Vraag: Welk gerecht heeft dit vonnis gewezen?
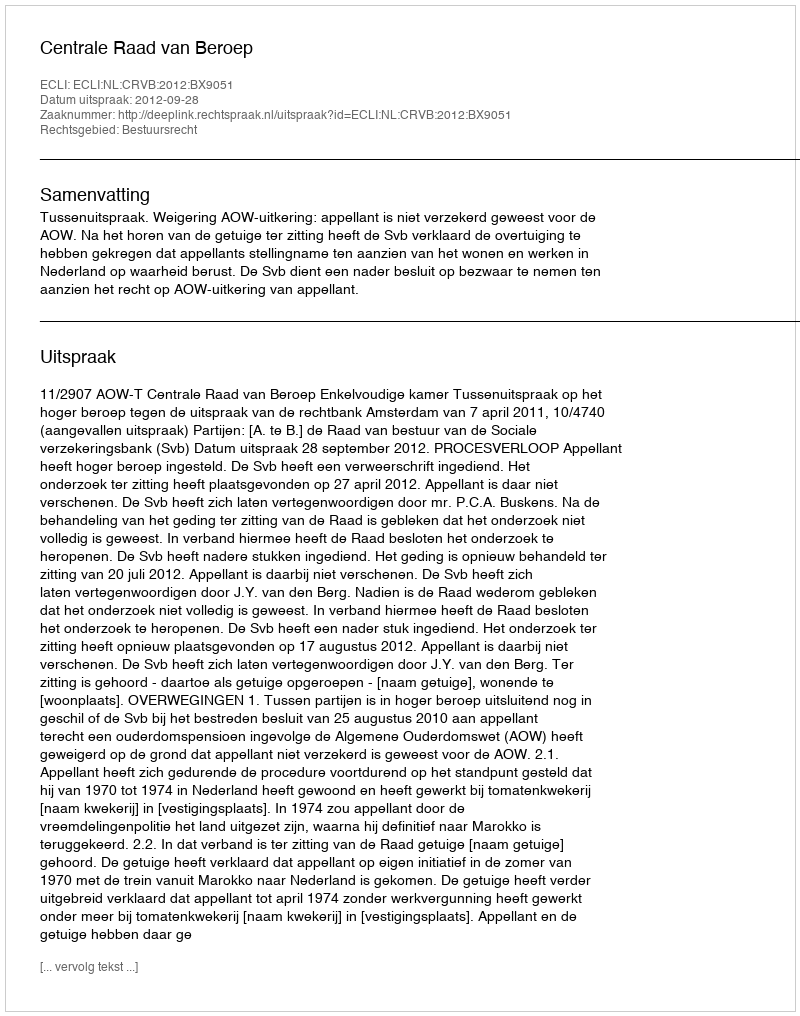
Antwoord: Centrale Raad van Beroep